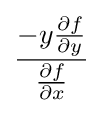
{-y{\partial f \over \partial y} \over {\partial f \over \partial x}}